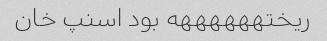
ریختههههههه بود اسنپ خان